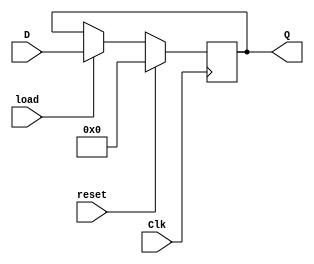
module Register_with_synch_reset_load_behavior(
    input Clk,
    input [3:0] D,
    input reset,
    input load,
    output reg [3:0] Q
    );
    
   always @(posedge Clk)
   if (reset) 
   begin
      Q <= 4'b0;
   end else if (load)
   begin
     Q <= D;
   end
endmodule